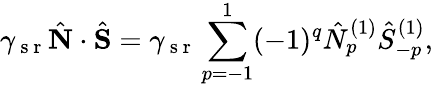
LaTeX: \gamma_{\mathrm{~s~r~}}\hat{\mathbf{N}}\cdot\hat{\mathbf{S}}=\gamma_{\mathrm{~s~r~}}\sum_{p=-1}^{1}(-1)^{q}\hat{N}_{p}^{(1)}\hat{S}_{-p}^{(1)},